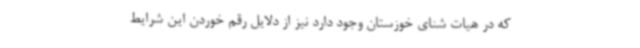
که در هیات شنای خوزستان وجود دارد نیز از دلایل رقم خوردن این شرایط